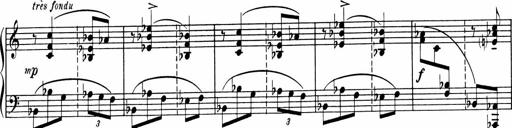
Title: Sonatine pour piano
Composer: Albert Roussel